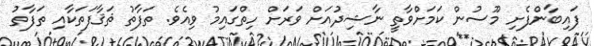
ފައިބާންފެށި މޫސުން ކަމަށްވާތީ ނާޝިދުއަށް ވަރަށް ހިތްގައިމު ވިއެވެ. ތަފާތު ޘަޤާފަތަކާއި ތަފާތު